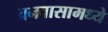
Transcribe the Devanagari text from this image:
वनवासामध्ये